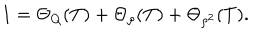
1 = \Theta _ { Q } ( T ) + \Theta _ { \rho } ( T ) + \Theta _ { \rho ^ { 2 } } ( T ) .